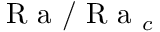
\mathrm { ~ R ~ a ~ } / \mathrm { ~ R ~ a ~ } _ { c }